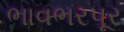
ભાવભરપૂર